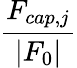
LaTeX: \displaystyle\frac{F_{cap,j}}{|F_{0}|}